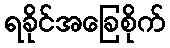
ရခိုင်အခြေစိုက်